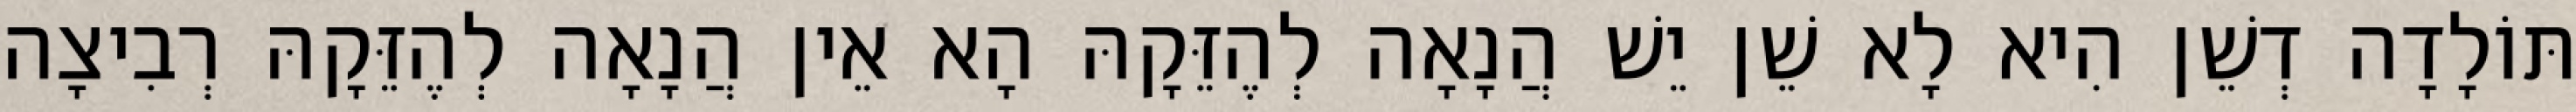
תּוֹלָדָה דְשֵׁן הִיא לָא שֵׁן יֵשׁ הֲנָאָה לְהֶזֵּקָהּ הָא אֵין הֲנָאָה לְהֶזֵּקָהּ רְבִיצָה